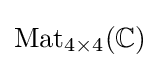
{\text{Mat}}_{4\times 4}(\mathbb {C} )